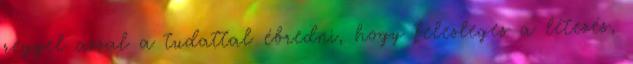
reggel azzal a tudattal ébredni, hogy felesleges a létezés,